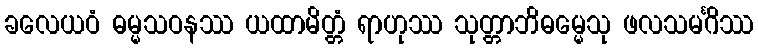
ခလေယဝံ ဓမ္မသဝနဿ ယထာမိတ္တံ ရာဟုဿ သုတ္တာဘိဓမ္မေသု ဖလသမင်္ဂိဿ